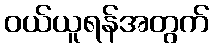
ဝယ်ယူရန်အတွက်